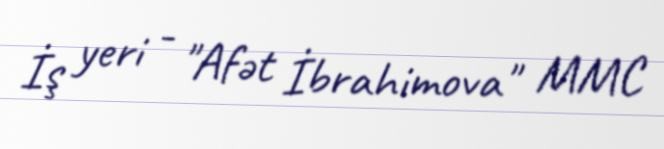
İş yeri - "Afət İbrahimova" MMC